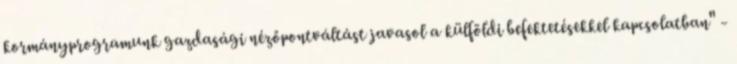
kormányprogramunk gazdasági nézőpontváltást javasol a külföldi befektetésekkel kapcsolatban" -